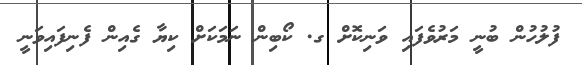
ފުލުހުން ބުނީ މަރުވެފައި ވަނިކޮށް ގ. ކޯބިން ނަމަކަށް ކިޔާ ގެއިން ފެނިފައިވަނީ